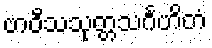
ဗာဝီသသုတ္တသင်္ဂဟိတံ